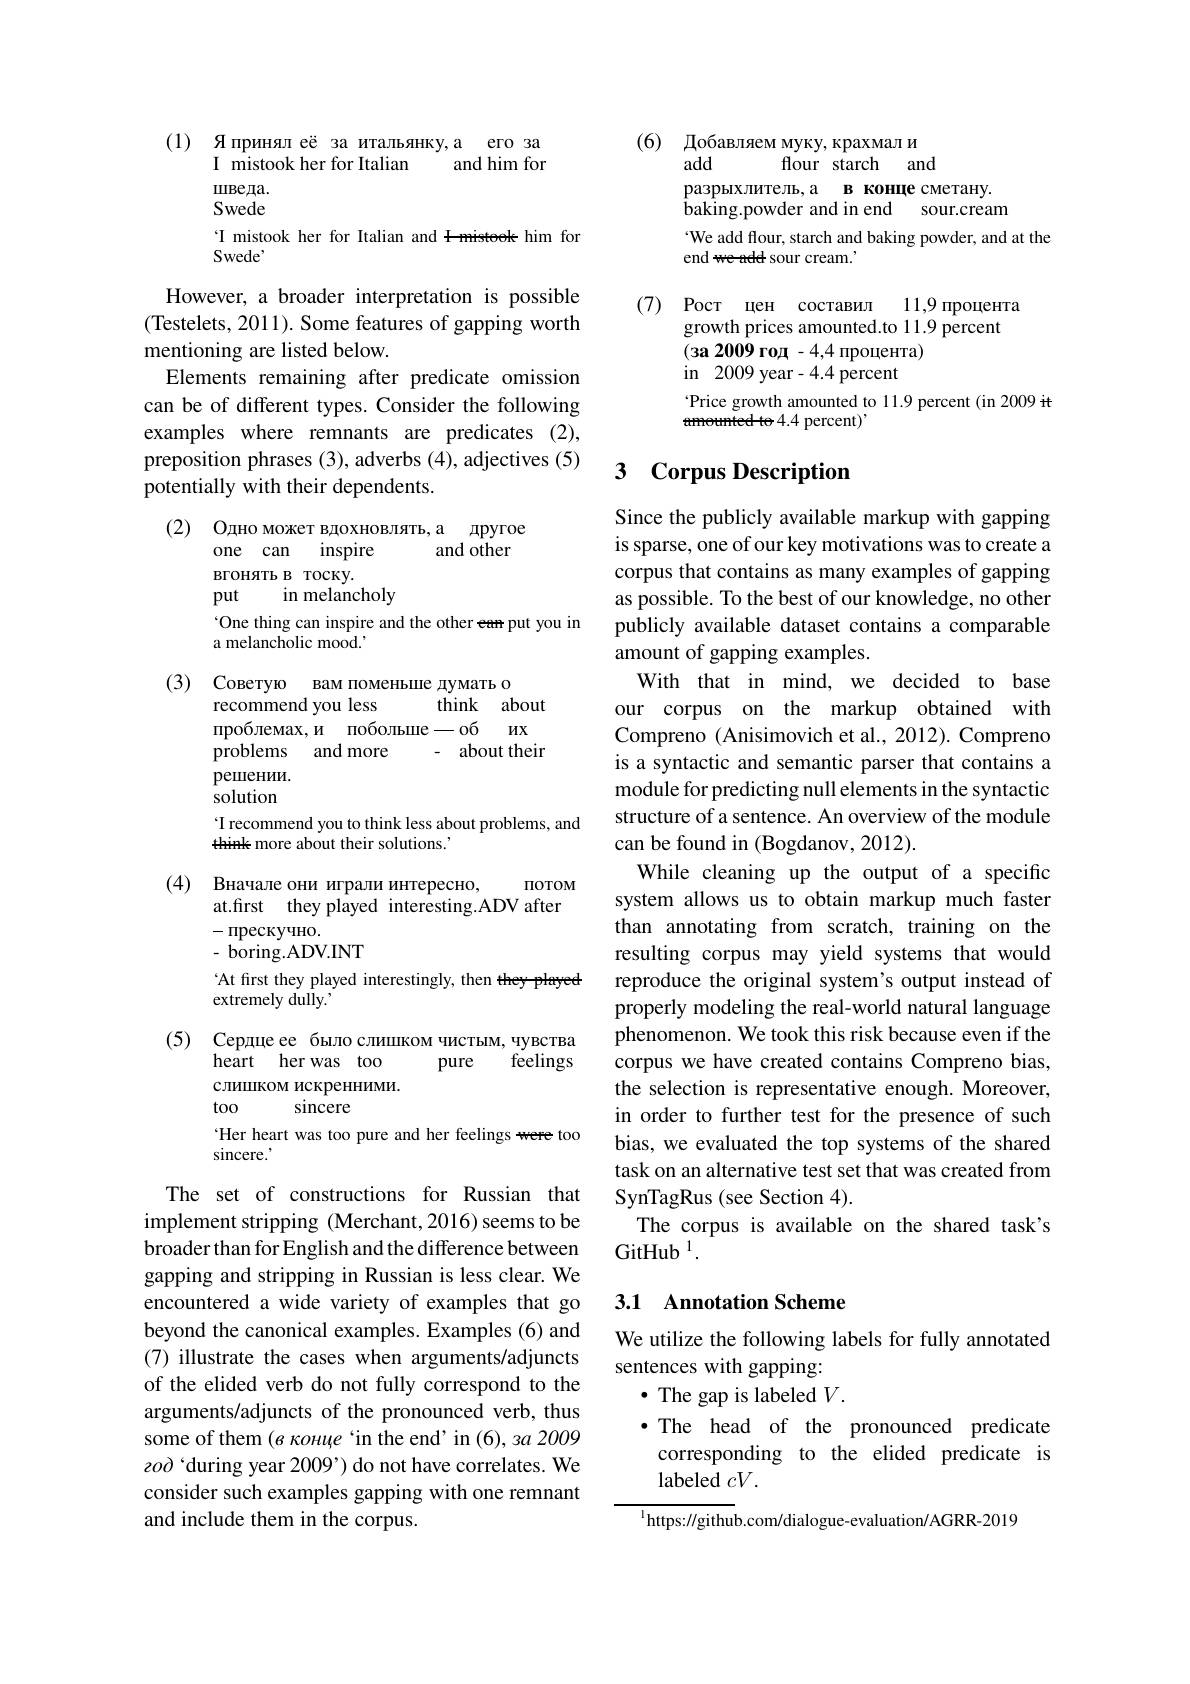
(1) Япринял её за итальянку,а его за
I mistook her for Italian
and him for
шведа. Swede I mistook her for Italian and I-mistoek him for
Swede'
However, a broader interpretation is possible (Testelets, 2011). Some features of gapping worth mentioning are listed below.
Elements remaining after predicate omission can be of different types. Consider the following examples where remnants are predicates (2), preposition phrases (3), adverbs (4), adjectives (5) potentially with their dependents.
(2) Одно может вдохновлять, а другое

and other
inspire
one can
вгонять в тоску.
in melancholy
put
One thing can inspire and the other eam put you in
a melancholic mood.
(3) Советую вам поменьше думать о
think about
recommend you less
проблемах,и побольше -об их
about their
$\hat{\text{problems}}$ and more
решении. solution T recommend you to think less about problems, and
think more about their solutions.
(4) Вначале они играли интересно,
$\Pi OTOM$
at.first they played interesting.ADV after
$-\Pi$рескучно.
- boring.ADV.INT
At first they played interestingly, then they-played
extremely dully.'
(5) Сердце ее было слишком чистым, чувства
heart her was too
feelings
pure
слишком искренними.
too
sincere
Her heart was too pure and her feelings were too
sincere.
The set of constructions for Russian that implement stripping (Merchant, 2016) seems to be broader than for English and the difference between

gapping and stripping in Russian is less clear. We encountered a wide variety of examples that go beyond the canonical examples. Examples (6) and (7) illustrate the cases when arguments/adjuncts of the elided verb do not fully correspond to the arguments/adjuncts of the pronounced verb, thus some of them (в конце‘in the end’in (6), за 2009 zoò ‘during year 2009’) do not have correlates. We consider such examples gapping with one remnant and include them in the corpus.

(6) Добавляем муку, крахмал и
add
flour starch and
разрыхлитель, а в конце сметану.
$\bar{\text{baking.powder and in end}}$
sour.cream
We add flour, starch and baking powder, and at the
end we add sour cream.
(7) Рост цен составил
11,9 процента
growth prices amounted.to 11.9 percent
$(3\mathbf{a}2009$ год -4,4 процента)
in 2009 year-4.4 percent
Price growth amounted to 11.9 percent (in 2009 it
${\mathrm{tmounted~te~4.4~percent)}}$,

## Corpus Description

Since the publicly available markup with gapping is sparse, one of our key motivations was to create a corpus that contains as many examples of gapping as possible. To the best of our knowledge, no other publicly available dataset contains a comparable amount of gapping examples.
With that in mind, we decided to base our corpus on the markup obtained with Compreno (Anisimovich et al., 2012). Compreno is a syntactic and semantic parser that contains a module for predicting null elements in the syntactic structure of a sentence. An overview of the module can be found in (Bogdanov, 2012).
While cleaning up the output of a specific system allows us to obtain markup much faster than annotating from scratch, training on the resulting corpus may yield systems that would reproduce the original system's output instead of properly modeling the real-world natural language phenomenon. We took this risk because even if the corpus we have created contains Compreno bias, the selection is representative enough. Moreover, in order to further test for the presence of such bias, we evaluated the top systems of the shared task on an alternative test set that was created from SynTagRus (see Section 4).
The corpus is available on the shared task's
GitHub $^1.$

## 3.1 Annotation Scheme

We utilize the following labels for fully annotated
sentences with gapping:
$\cdot$ The gap is labeled $V.$
·The head of the pronounced predicate
corresponding to the elided predicate is
labeled $cV.$

$^{1}$https://github.com/dialogue-evaluation/AGRR-2019